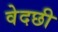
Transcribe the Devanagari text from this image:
वेदछी